Vaccination in Burma 1889-1999 - 1889-1999
Year: 1889
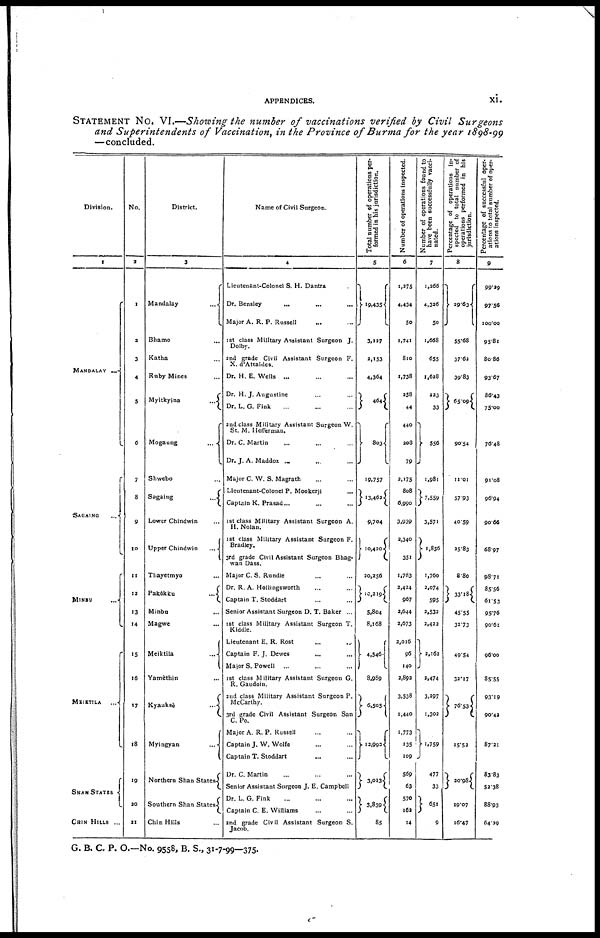
APPENDICES.
xi.
STATEMENT NO. VI.—Showing the number of vaccinations verified by Civil
Surgeons
and Superintendents
of Vaccination, in the Province of Burma for the year 1898-99
—concluded.
Division.
1
MANDALAY
SAGAING
MINBU ...
MEIKTILA ...
SHAN STATES
CHIN HILLS ...
No.
2
1
2
3
4
5
6
7
8
9
10
11
12
13
14
15
16
17
18
19
20
21
District.
3
Mandalay ...
Bhamo ...
Katha ...
Ruby Mines ...
Myitkyina
...
Mogaung
...
Shwebo ...
Sagaing
...
Lower Chindwin ...
Upper Chindwin
...
Thayetmyo ...
Pakôkku
...
Minbu ...
Magwe ...
Meiktila
...
Yamèthin ...
Kyauksè
...
Myingyan
...
Northern Shan States
Southern Shan States
Chin Hills ...
Name of Civil Surgeon.
4
Lieutenant-Colonel S. H. Dantra
Dr. Bensley
... ... ... ...
Major A. R. P. Russell ... ...
1st class Military Assistant Surgeon J.
Dolby.
2nd grade Civil Assistant Surgeon F.
X. d'Attaides.
Dr. H. E. Wells ... ... ...
Dr. H. J. Augustine ... ...
Dr. L. G. Fink
2nd class Military Assistant Surgeon W.
St. M. Hefferman.
Dr. C. Martin ... ... ...
Dr. J. A. Maddox ... ... ...
Major C. W. S. Magrath ... ...
Lieutenant-Colonel P. Mookerji ...
Captain K. Prasad...
1st class Military Assistant Surgeon A.
H. Nolan.
1st class Military Assistant Surgeon F.
Bradley.
3rd grade Civil Assistant Surgeon Bhag-
wan Dass.
Major C. S. Rundle ... ...
Dr. R. A. Hollingsworth ... ...
Captain T. Stoddart ... ...
Senior Assistant Surgeon D. T. Baker ...
1st class Military Assistant Surgeon T.
Kiddle.
Lieutenant E. R. Rost ... ...
Captain F. J. Dewes ... ...
Major S. Powell ...
1st class Military Assistant Surgeon G.
R. Gaudoin.
2nd class Military Assistant Surgeon P.
McCarthy.
3rd grade Civil Assistant Surgeon San
C. Po.
Major A. R. P. Russell ... ...
Captain J. W. Wolfe
Captain T. Stoddart ... ...
Dr. C. Martin ... ... ...
Senior Assistant Surgeon J. E. Campbell
Dr. L. G. Fink ... ...
Captain C. E. Williams ... ...
2nd grade Civil Assistant Surgeon S.
Jacob.
Total number of operations per-
formed in his jurisdiction.
5
19,435
3,127
2,153
4,364
464
803
19,757
13,462
9,704
10,420
20,256
10,219
5,804
8,168
4,546
8,989
6,505
12,992
3,013
3,839
85
Number of operations inspected.
6
1,275
4,434
50
1,741
810
1,738
258
44
440
208
79
2,175
808
6,990
3,939
2,340
351
1,783
2,424
967
3,644
3,673
2,016
96
140
2,892
3,538
1,440
1,773
135
109
569
63
570
162
14
Number of operations found to
have been successfully vacci-
nated.
7
1,266
4,336
50
1,668
655
1,628
223
33
556
1,981
7,559
3,571
1,856
1,760
3,074
595
2,532
2,433
2,162
2,474
3,397
1,302
1,759
477
33
651
9
Percentage of operations in-
spected to total number of
operations performed in his
jurisdiction.
8
29.63
55.68
37.62
39.83
65.09
90.54
11 .01
57.93
40.59
25.83
8.80
33.18
45.55
32.73
49.54
32.17
76.53
15.52
20.98
19.07
16.47
Percentage of successful oper-
ations to total number of oper-
ations inspected.
9
99.39
97.56
100.00
95.81
80.86
93.67
86.43
75.00
76.48
91.08
96.94
90.66
68.97
98.71
85.56
61.53
95.76
90.61
96.00
85.55
93.19
90.42
87.21
83.83
52.38
88.93
64.39
G. B. C. P. O.—No. 9558, B. S., 31-7-99—375.